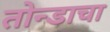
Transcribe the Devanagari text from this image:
तोन्डाचा